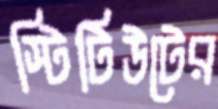
স্টিটিউটের